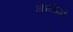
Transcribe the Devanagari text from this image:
भाडळीप्रमाणे